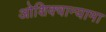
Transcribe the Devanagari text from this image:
ओशिक्वान्यामा